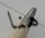
هنا